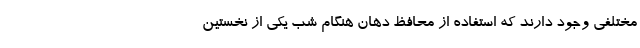
مختلفی وجود دارند که استفاده از محافظ دهان هنگام شب یکی از نخستین